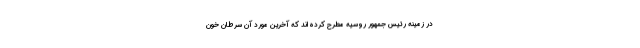
در زمینه رئیس جمهور روسیه مطرح کرده‌اند که آخرین مورد آن سرطان خون